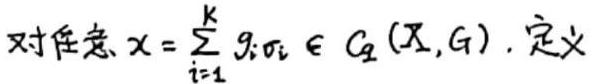
对任意 $x = \sum_{i = 1}^{K} g_i \sigma_i \in C_2(X, G)$，定义